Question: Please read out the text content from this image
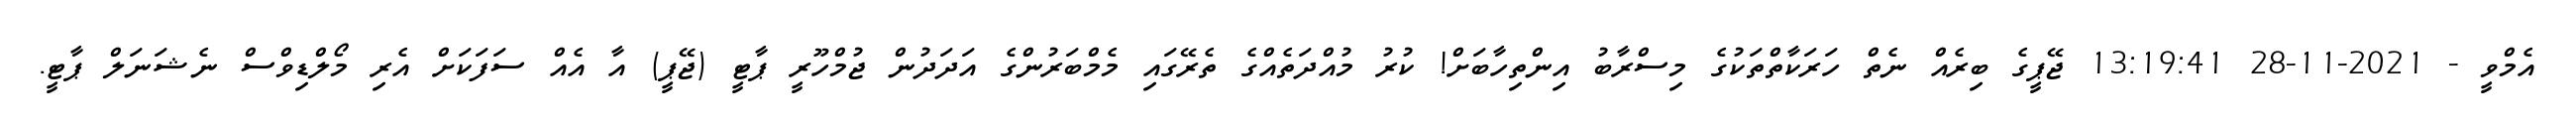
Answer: އެމްވީ - 2021-11-28 13:19:41 ޖޭޕީގެ ބިރެއް ނެތް ހަރަކާތްތަކުގެ މިސްރާބު އިންތިހާބަށް! ކުރު މުއްދަތެއްގެ ތެރޭގައި މެމްބަރުންގެ އަދަދުން ޖުމްހޫރީ ޕާޓީ (ޖޭޕީ) އާ އެއް ސަފަކަށް އެރި މޯލްޑިވްސް ނެޝަނަލް ޕާޓީ.